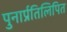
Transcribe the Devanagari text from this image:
पुनार्प्रतिलिपित